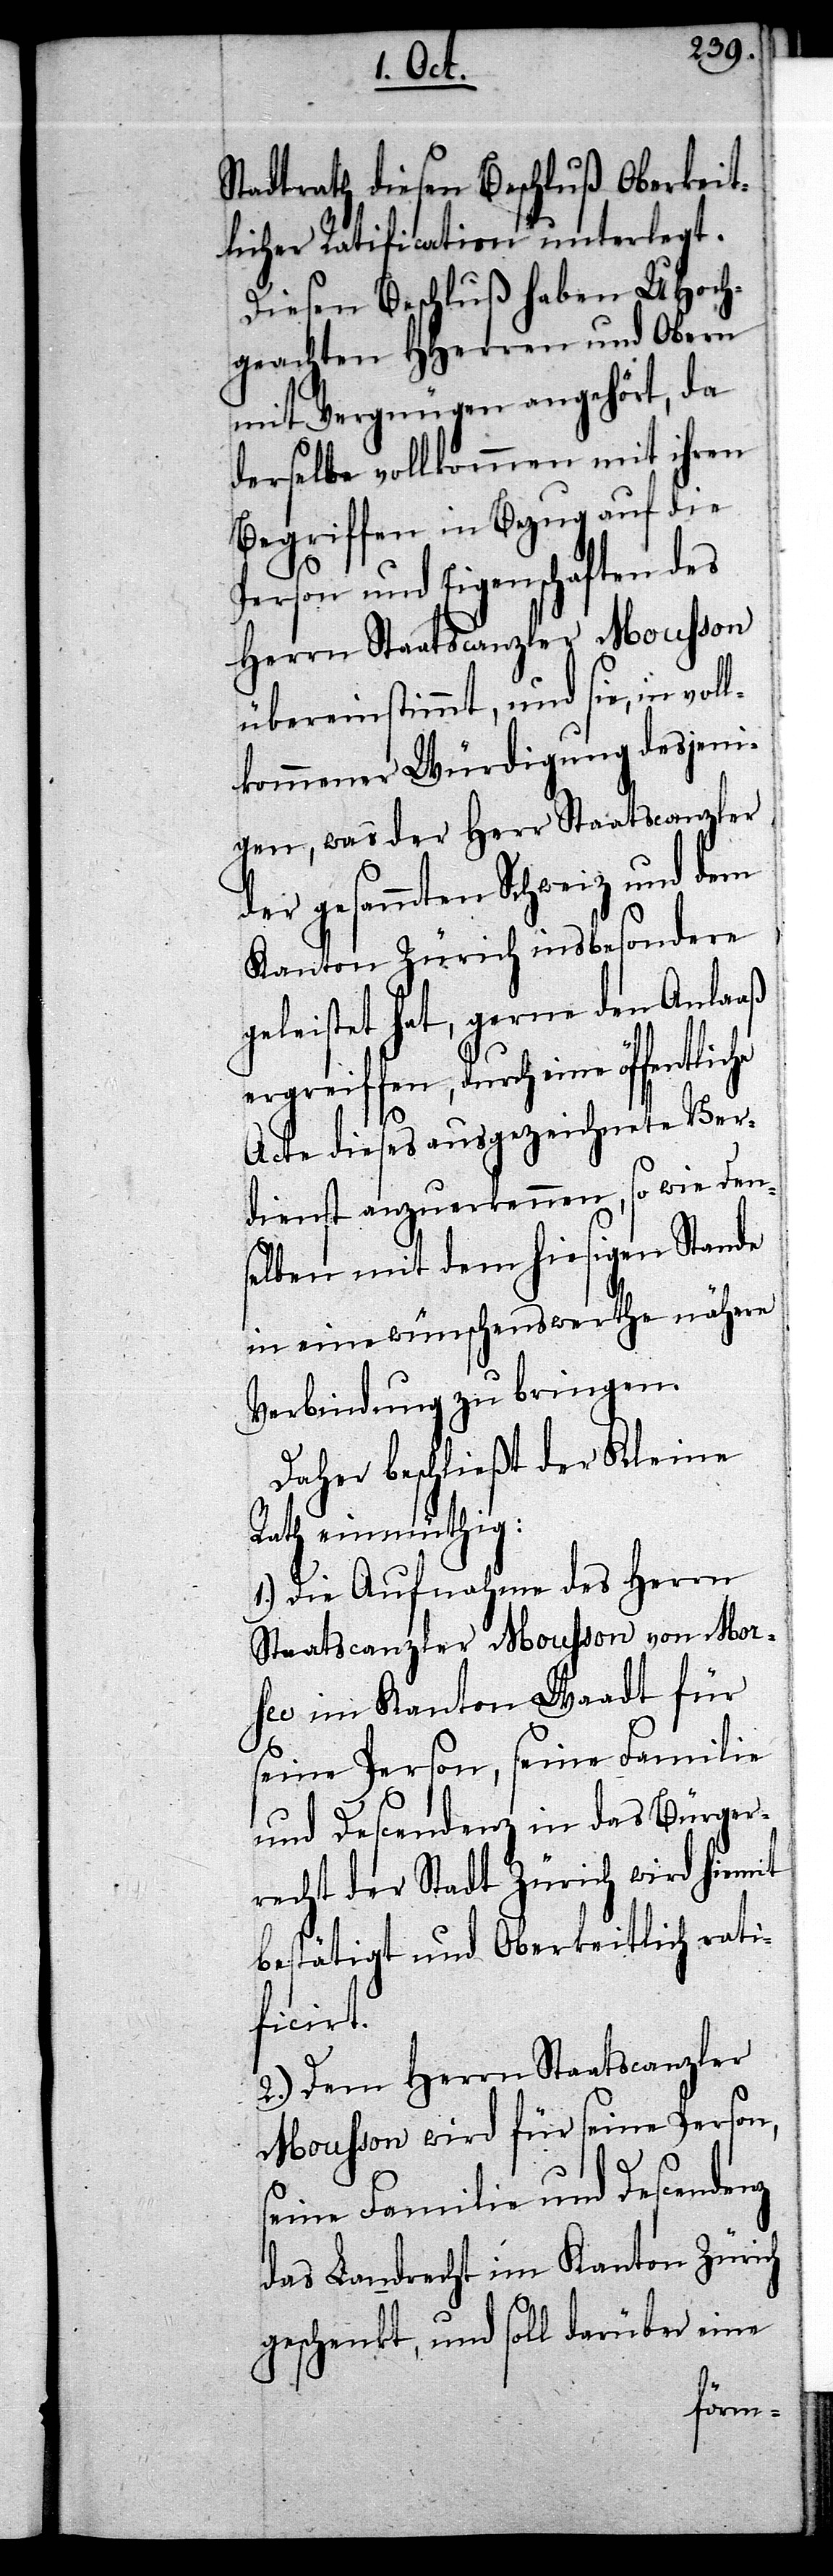
Stadtrath diesen Beschluß Oberkeit¬
licher Ratification unterlegt.
Diesen Beschluß haben UHoch¬
geachten HHerren und Obern
mit Vergnügen angehört, da
derselbe vollkommen mit ihren
Begriffen in Bezug auf die
Person und Eigenschaften des
Herrn Staatscanzler Mousson
übereinstimmt, und sie, in vol¬
lkommener Würdigung desjeni¬
gen, was der Herr Staatscanzler
der gesammten Schweiz und dem
Kanton Zürich insbesondere
geleistet hat, gerne den Anlaaß
ergreiffen, durch eine
Acte dieses ausgezeichnete Ver¬
dienst anzuerkennen, so wie den¬
selben mit dem hiesigen Stande
in eine wünschenswerthe nähere
Verbindung zu bringen.
Daher beschließt der Kleine
Rath einmüthig:
1.) Die Aufnahme des Herrn
Staatscanzler Mousson von Mor¬
see im Kanton Waadt für
seine Person, seine Familie
und Descendenz in das Bürger¬
recht der Stadt Zürich wird hiemit
bestätigt und Oberkeitlich rati¬
ficirt.
2.) Dem Herrn Staatscanzler
Mousson wird für seine Person,
seine Familie und Descendenz
das Landrecht im Kanton Zürich
geschenkt, und soll darüber eine